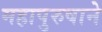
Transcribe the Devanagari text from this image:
महापुरुषाने